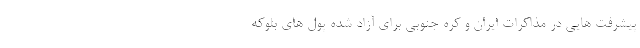
پیشرفت هایی در مذاکرات ایران و کره جنوبی برای آزاد شده پول های بلوکه